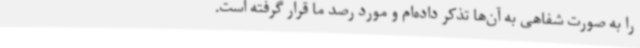
را به صورت شفاهی به آن‌ها تذکر داده‌ام و مورد رصد ما قرار گرفته است.